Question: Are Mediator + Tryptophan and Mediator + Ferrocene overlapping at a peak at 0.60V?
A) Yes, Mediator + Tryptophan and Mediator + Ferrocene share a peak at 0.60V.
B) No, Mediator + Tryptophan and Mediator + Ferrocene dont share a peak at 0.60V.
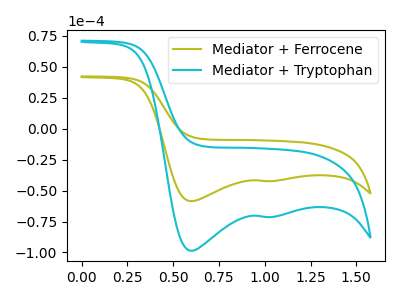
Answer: <think>The olive curve "Mediator + Ferrocene" has cathodic peaks at (0.60V, -58.55uA) (1.05V, -42.35uA). The cyan curve "Mediator + Tryptophan" has cathodic peaks at (0.60V, -98.60uA) (1.05V, -71.35uA).</think>
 <answer>A) Yes, "Mediator + Tryptophan" and "Mediator + Ferrocene" share a peak at 0.60V.</answer>
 <eval>A</eval>